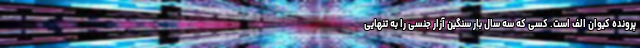
پرونده‌ کیوان الف است. کسی که سه سال بار سنگین آزار جنسی را به تنهایی